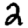
Digit: 2